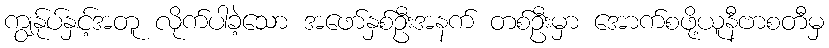
ကျွန်ုပ်နှင့်အတူ လိုက်ပါခဲ့သော အဖော်နှစ်ဦးအနက် တစ်ဦးမှာ အောက်စဖို့ယူနီဗာစတီမှ